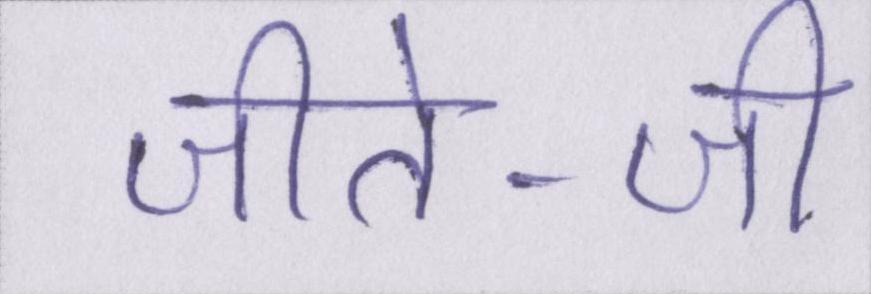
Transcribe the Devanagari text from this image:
जीते-जी